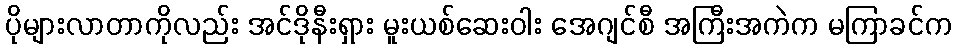
ပိုများလာတာကိုလည်း အင်ဒိုနီးရှား မူးယစ်ဆေးဝါး အေဂျင်စီ အကြီးအကဲက မကြာခင်က